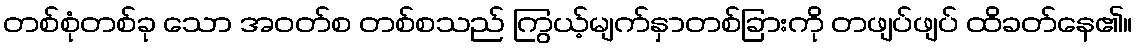
တစ်စုံတစ်ခု သော အဝတ်စ တစ်စသည် ကြွယ့်မျက်နှာတစ်ခြားကို တဖျပ်ဖျပ် ထိခတ်နေ၏။